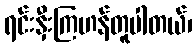
ရင်းနှီးကြဟန်တူပါတယ်၊